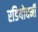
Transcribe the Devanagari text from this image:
रडियोधर्मी